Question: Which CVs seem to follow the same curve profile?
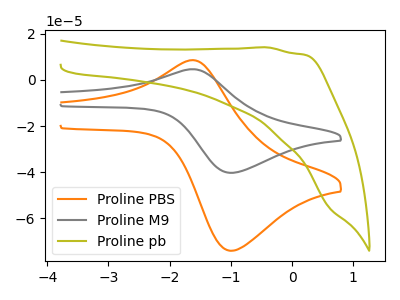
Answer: <think>The orange curve "Proline PBS" has an anodic peak at (-1.65V, 8.60uA) and a cathodic peak at (-1.00V, -74.20uA). The gray curve "Proline M9" has an anodic peak at (-1.65V, 4.65uA) and a cathodic peak at (-1.00V, -40.35uA). The olive curve "Proline pb" has no peaks.
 All the peaks in "Proline PBS" have a peak in "Proline M9" at the same potential. Every peak in "Proline PBS" is higher than every peak in "Proline M9". "Proline PBS" and "Proline pb" have a different number of peaks. "Proline M9" and "Proline pb" have a different number of peaks.</think>
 <answer>"Proline PBS" and "Proline M9" have the same shape and are likely CV's of the same chemical.</answer>
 <eval>"Proline PBS" "Proline M9"</eval>